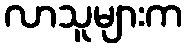
လာသူများက